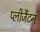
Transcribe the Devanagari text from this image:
प्लीजैंटन